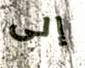
إلى